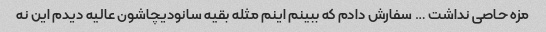
مزه حاصی نداشت … سفارش دادم که ببینم اینم مثله بقیه سانودیچاشون عالیه دیدم این نه